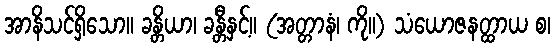
အာနိသင်ရှိသော။ ခန္တိယာ၊ ခန္တီနှင့်။ (အတ္တာနံ၊ ကို။) သံယောဇနတ္ထာယ စ၊